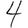
Digit: 4